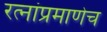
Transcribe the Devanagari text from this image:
रत्‍नांप्रमाणेच